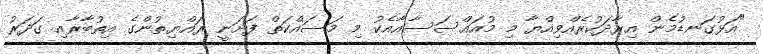
"އަޅުގަނޑުމެން އިރާދަކުރެއްވިއްޔާ މި މުއައްސަސާއާއެކު މި މަސައްކަތް ފަށަނީ ރައްޔިތުންގެ އިތުބާރާއި ގަދަރު